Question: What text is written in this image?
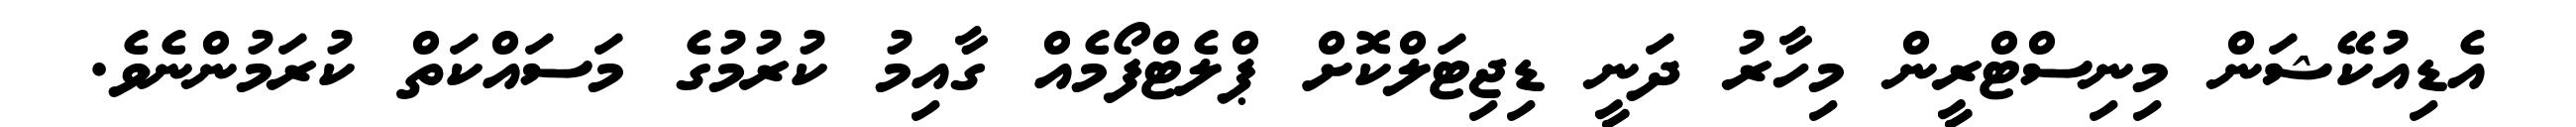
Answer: އެޑިއުކޭޝަން މިނިސްޓްރީން މިހާރު ދަނީ ޑިޖިޓަލްކޮށް ޕްލެޓްފޯމެއް ގާއިމު ކުރުމުގެ މަސައްކަތް ކުރަމުންނެވެ.